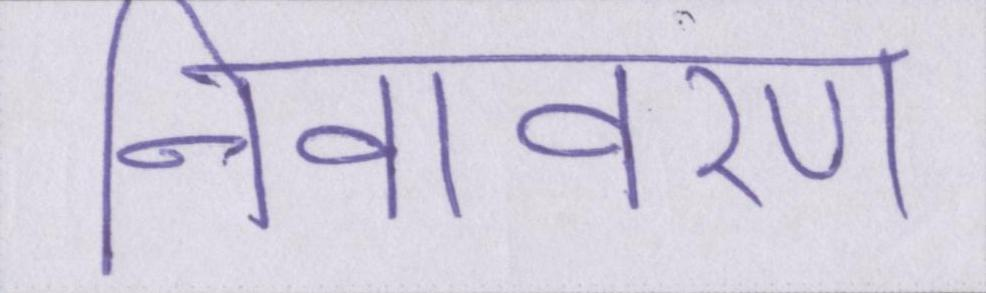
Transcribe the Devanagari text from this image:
निवावरण